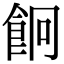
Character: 𩚱